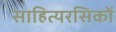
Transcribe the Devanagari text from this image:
साहित्यरसिकों